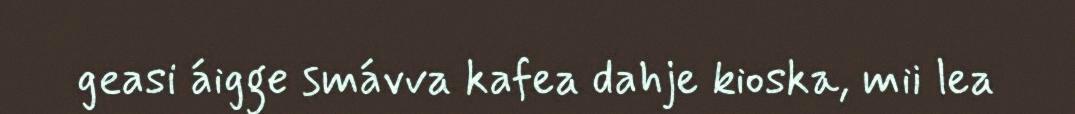
geasi áigge smávva kafea dahje kioska, mii lea